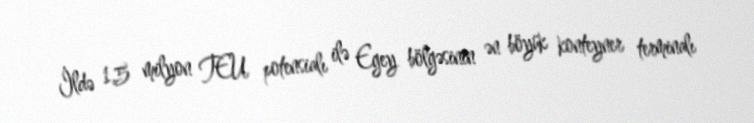
İldə 1,5 milyon TEU potensialı ilə Egey bölgəsinin ən böyük konteyner terminalı